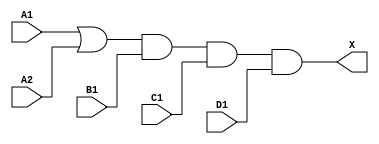
`timescale 1ps/1ps
module cell_o2111a
(
    input wire A1,
    input wire A2,
    input wire B1,
    input wire C1,
    input wire D1,
    output wire X
);
    assign X = ((A1 | A2) & B1 & C1 & D1);
endmodule